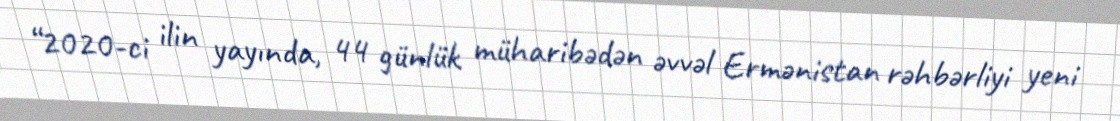
“2020-ci ilin yayında, 44 günlük müharibədən əvvəl Ermənistan rəhbərliyi yeni